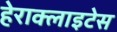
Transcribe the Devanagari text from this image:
हेराक्लाइटेस